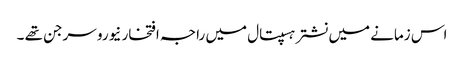
اس زمانے میں نشتر ہسپتال میں راجہ افتخار نیورو سرجن تھے ۔